Vaccination North-Western Provinces 1866-1877 - 1866-1877
Year: 1866
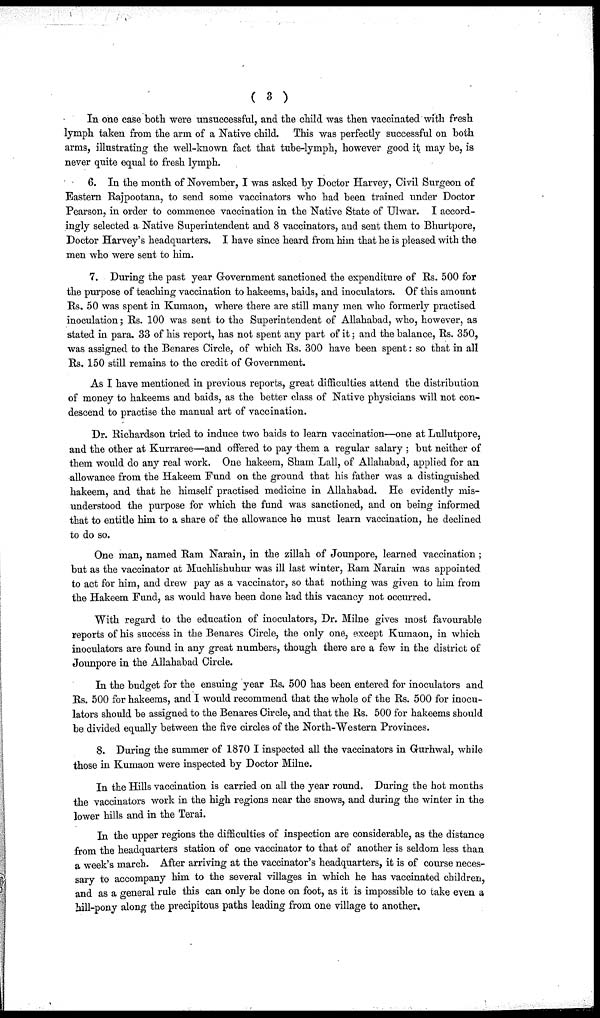
( 3 )
In one case both were unsuccessful, and the child was then vaccinated with fresh
lymph taken from the arm of a Native child. This was perfectly successful on both
arms, illustrating the well-known fact that tube-lymph, however good it may be, is
never quite equal to fresh lymph.
6. In the month of November, I was asked by Doctor Harvey, Civil Surgeon of
Eastern Rajpootana, to send some vaccinators who had been trained under Doctor
Pearson, in order to commence vaccination in the Native State of Ulwar. I accord-
ingly selected a Native Superintendent and 8 vaccinators, and sent them to Bhurtpore,
Doctor Harvey's headquarters. I have since heard from him that he is pleased with the
men who were sent to him.
7. During the past year Government sanctioned the expenditure of Rs. 500 for
the purpose of teaching vaccination to hakeems, baids, and inoculators. Of this amount
Rs. 50 was spent in Kumaon, where there are still many men who formerly practised
inoculation; Rs. 100 was sent to the Superintendent of Allahabad, who, however, as
stated in para. 33 of his report, has not spent any part of it; and the balance, Rs. 350,
was assigned to the Benares Circle, of which Rs. 300 have been spent: so that in all
Rs. 150 still remains to the credit of Government.
As I have mentioned in previous reports, great difficulties attend the distribution
of money to hakeems and baids, as the better class of Native physicians will not con-
descend to practise the manual art of vaccination.
Dr. Richardson tried to induce two baids to learn vaccination—one at Lullutpore,
and the other at Kurraree—and offered to pay them a regular salary ; but neither of
them would do any real work. One hakeem, Sham Lall, of Allahabad, applied for an
-allowance from the Hakeem Fund on the ground that his father was a distinguished
hakeem, and that he himself practised medicine in Allahabad. He evidently mis-
understood the purpose for which the fund was sanctioned, and on being informed
that to entitle him to a share of the allowance he must learn vaccination, he declined
to do so.
One man, named Ram Narain, in the zillah of Jounpore, learned vaccination ;
but as the vaccinator at Muchlishuhur was ill last winter, Ram Narain was appointed
to act for him, and drew pay as a vaccinator, so that nothing was given to him from
the Hakeem Fund, as would have been done had this vacancy not occurred.
With regard to the education of inoculators, Dr. Milne gives most favourable
reports of his success in the Benares Circle, the only one, except Kumaon, in which
inoculators are found in any great numbers, though there are a few in the district of
Jounpore in the Allahabad Circle.
In the budget for the ensuing year Rs. 500 has been entered for inoculators and
Rs. 500 for hakeems, and I would recommend that the whole of the Rs. 500 for inocu-
lators should be assigned to the Benares Circle, and that the Rs. 500 for hakeems should
be divided equally between the five circles of the North-Western Provinces.
8. During the summer of 1870 I inspected all the vaccinators in Gurhwal, while
those in Kumaon were inspected by Doctor Milne.
In the Hills vaccination is carried on all the year round. During the hot months
the vaccinators work in the high regions near the snows, and during the winter in the
lower hills and in the Terai.
In the upper regions the difficulties of inspection are considerable, as the distance
from the headquarters station of one vaccinator to that of another is seldom less than
a week's march. After arriving at the vaccinator's headquarters, it is of course neces-
sary to accompany him to the several villages in which he has vaccinated children,
and as a general rule this can only be done on foot, as it is impossible to take even a
hill-pony along the precipitous paths leading from one village to another.